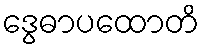
ဒွေဓာပထောတိ